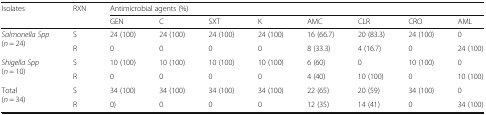
| <ROWSPAN=2> Isolates | RXN | <COLSPAN=8> Antimicrobial agents (%) |
 |  | GEN | C | SXT | K | AMC | CLR | CRO | AML |
 | --- | --- | --- | --- | --- | --- | --- | --- | --- | --- |
 | <ROWSPAN=2> Salmonella Spp(n = 24) | S | 24 (100) | 24 (100) | 24 (100) | 24 (100) | 16 (66.7) | 20 (83.3) | 24 (100) | 0 |
 | R | 0 | 0 | 0 | 0 | 8 (33.3) | 4 (16.7) | 0 | 24 (100) |
 | <ROWSPAN=2> Shigella Spp(n = 10) | S | 10 (100) | 10 (100) | 10 (100) | 10 (100) | 6 (60) | 0 | 10 (100) | 0 |
 | R | 0 | 0 | 0 | 0 | 4 (40) | 10 (100) | 0 | 10 (100) |
 | <ROWSPAN=2> Total(n = 34) | S | 34 (100) | 34 (100) | 34 (100) | 34 (100) | 22 (65) | 20 (59) | 34 (100) | 0 |
 | R | 0) | 0 | 0 | 0 | 12 (35) | 14 (41) | 0 | 34 (100) |